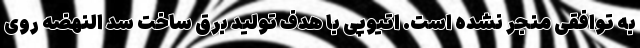
به توافقی منجر نشده است. اتیوپی با هدف تولید برق ساخت سد النهضه روی